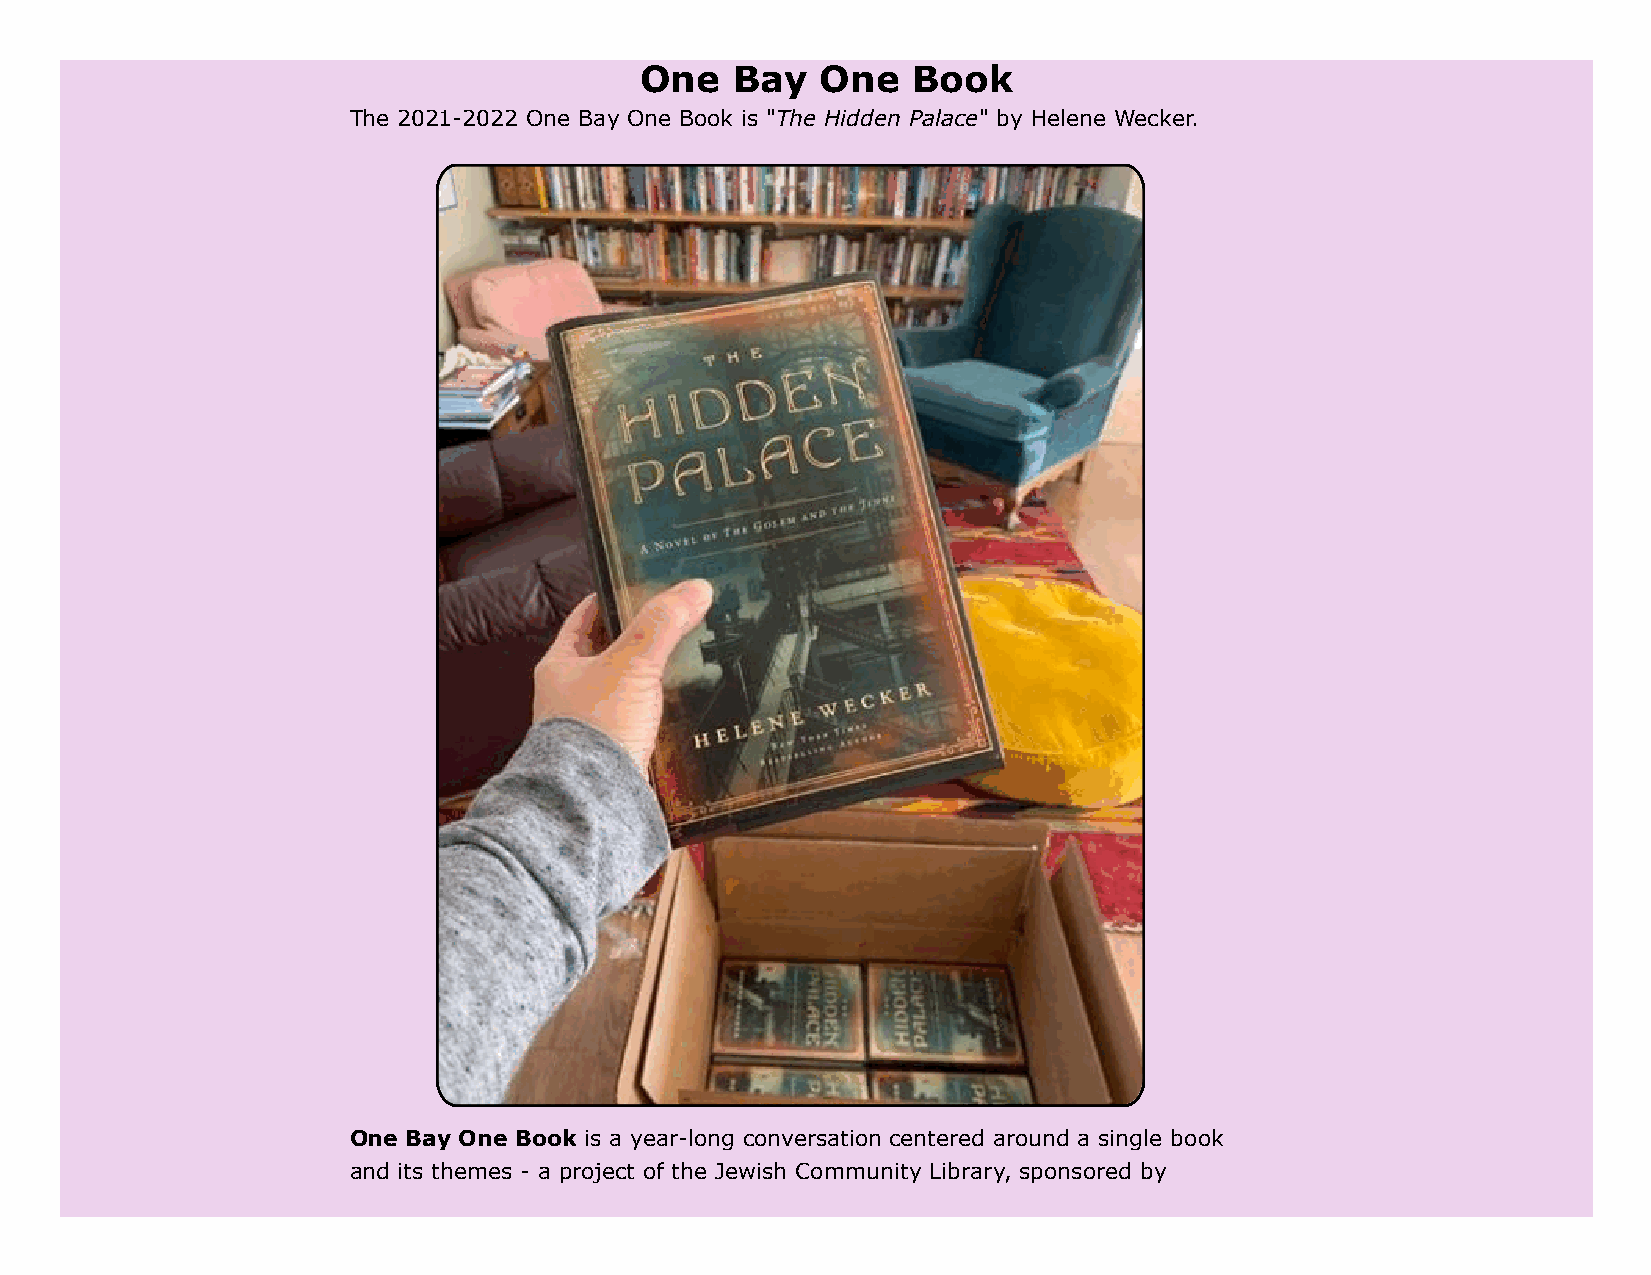
One   Bay   One   Book
 The 2021-2022 One Bay One Book is "The Hidden Palace" by Helene Wecker.
 One Bay One Book is a year-long conversation centered around a single book
 and its themes - a project of the Jewish Community Library, sponsored by